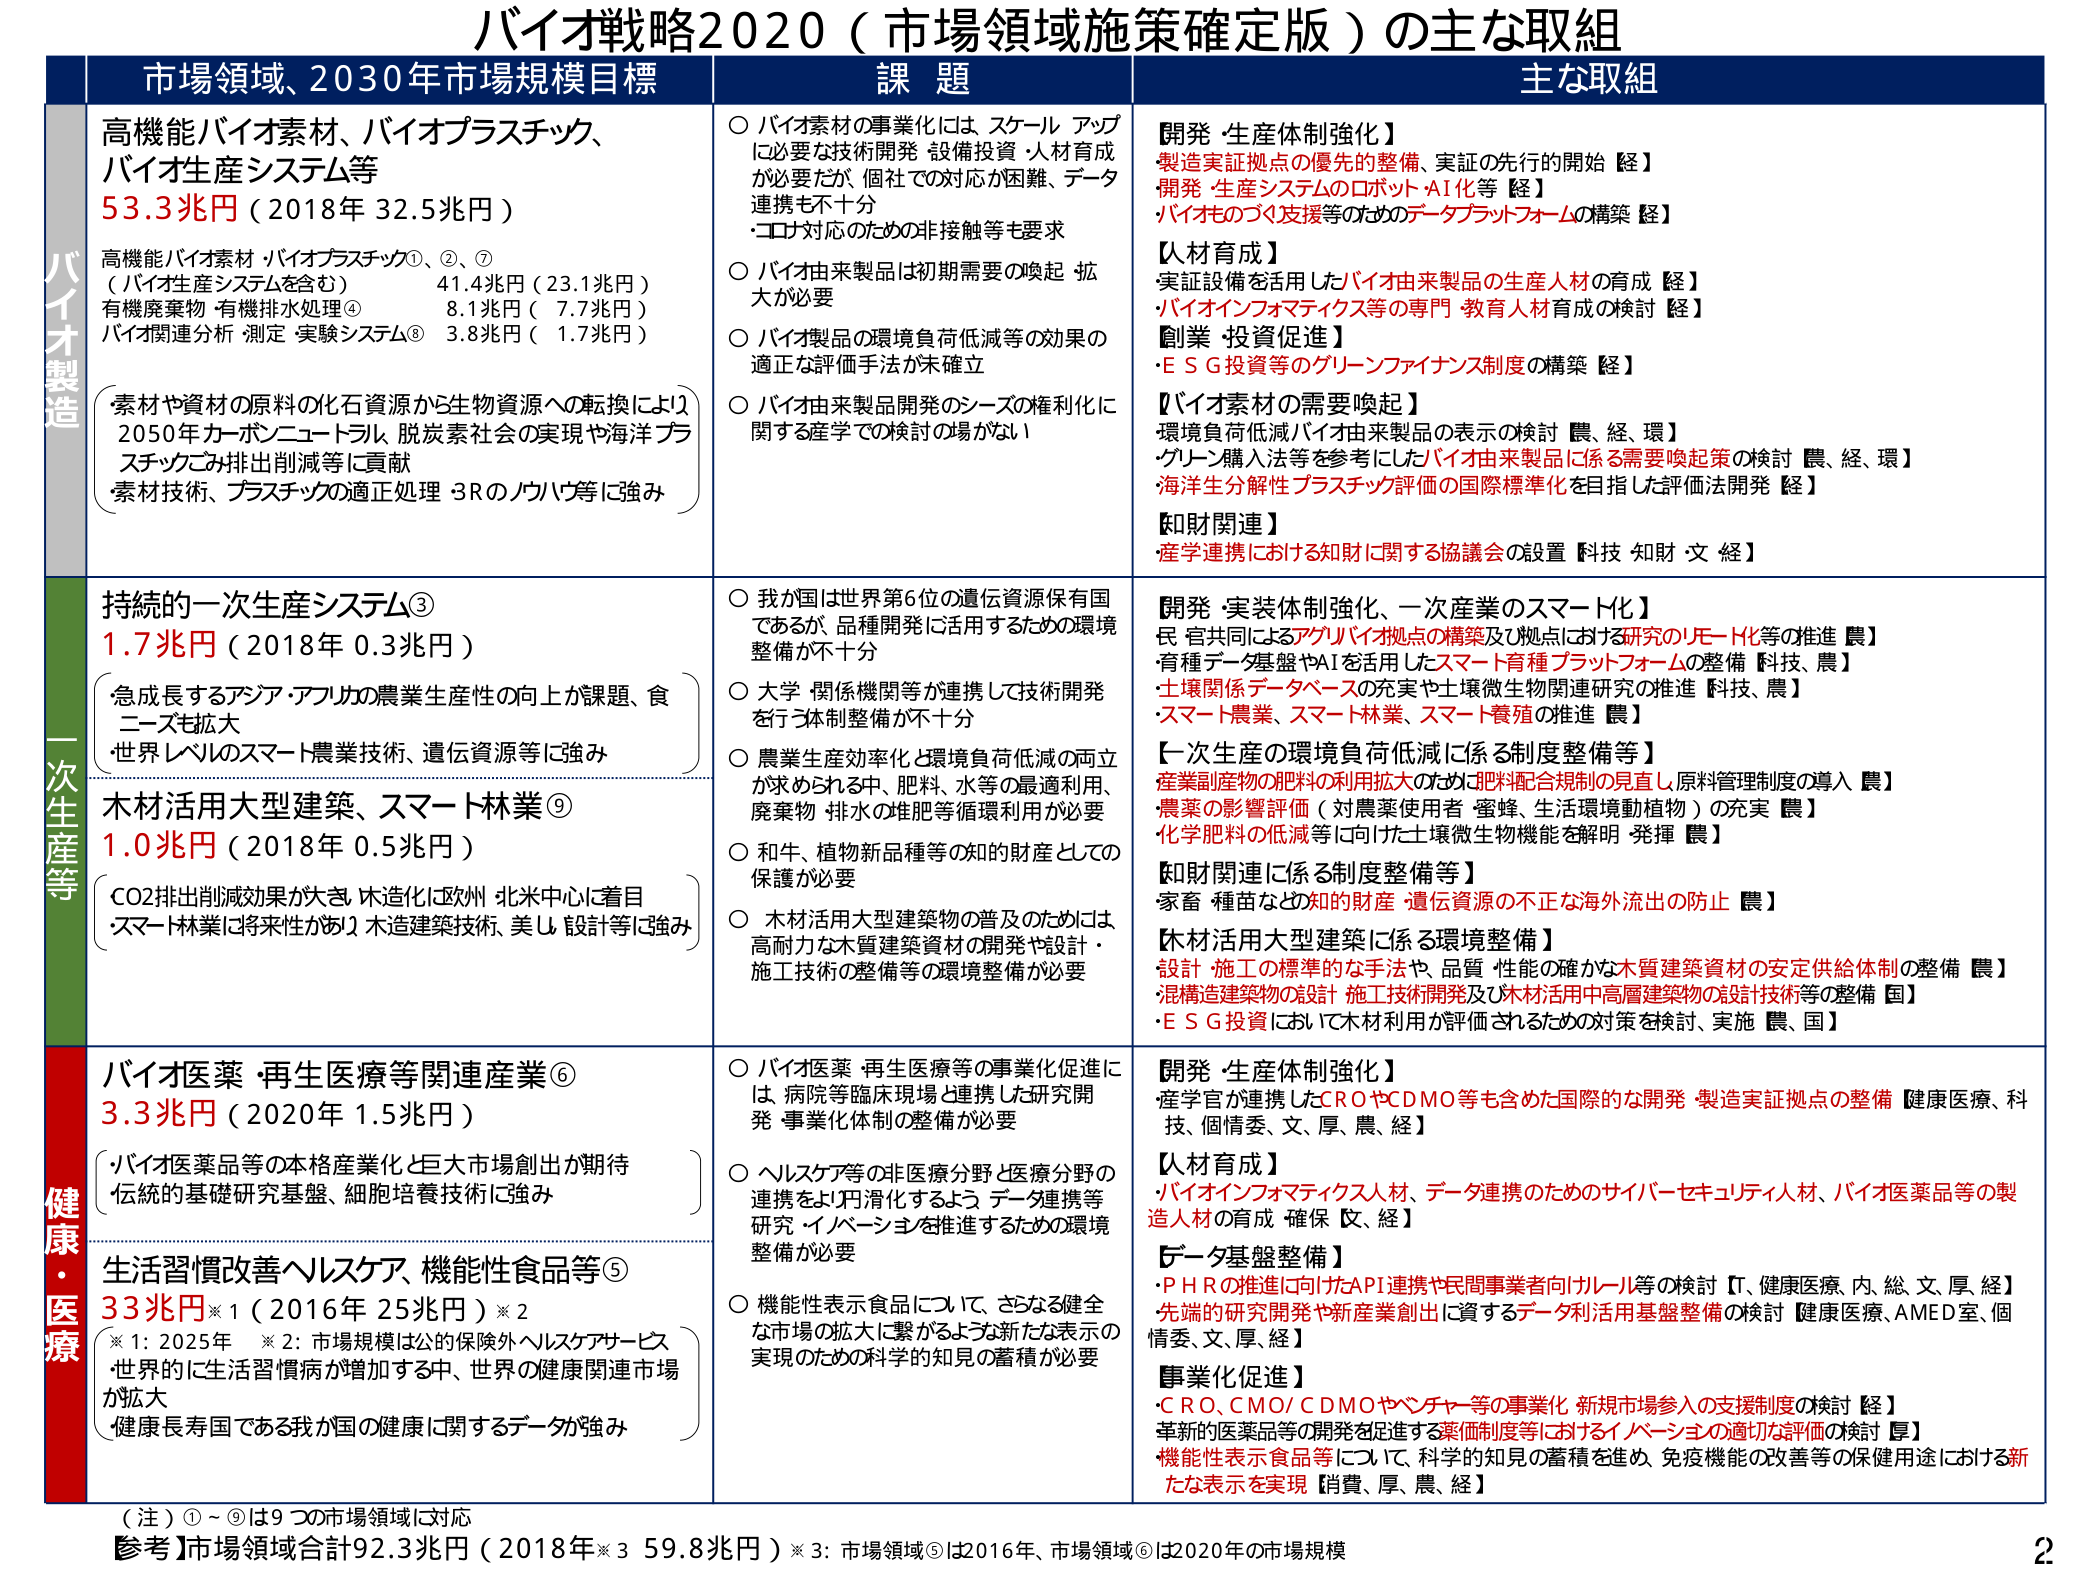
バイオ戦略2020（市場領域施策確定版）の主な取組

市場領域、2030年市場規模目標 課題 主な取組

バイオ製造
高機能バイオ素材、バイオプラスチック、
バイオ生産システム等
53.3兆円（2018年 32.5兆円）
高機能バイオ素材・バイオプラスチック①、②、⑦
（バイオ生産システムを含む） 41.4兆円（23.1兆円）
有機廃棄物・有機排水処理④ 8.1兆円（7.7兆円）
バイオ関連分析・測定・実験システム⑧ 3.8兆円（1.7兆円）
（素材や資材の原料の化石資源から生物資源への転換により）
2050年カーボンニュートラル、脱炭素社会の実現や海洋プラスチックごみ排出削減等に貢献
（素材技術、プラスチックの適正処理・3Rのノウハウ等に強み）

○ バイオ素材の事業化には、スケールアップに必要な技術開発・設備投資・人材育成が必要だが、個社での対応が困難、データ連携も不十分
・コロナ対応のための非接触等も要求
○ バイオ由来製品は初期需要の喚起・拡大が必要
○ バイオ製品の環境負荷低減等の効果の適正な評価手法が未確立
○ バイオ由来製品開発のシーズの権利化に関する産学での検討の場がない

【開発・生産体制強化】
・製造実証拠点の優先的整備、実証の先行的開始【経】
・開発・生産システムのロボット・AI化等【経】
・バイオものづくり支援等のためのデータプラットフォームの構築【経】

【人材育成】
・実証設備を活用したバイオ由来製品の生産人材の育成【経】
・バイオインフォマティクス等の専門・教育人材育成の検討【経】

【創業・投資促進】
・ESG投資等のグリーンファイナンス制度の構築【経】

【バイオ素材の需要喚起】
・環境負荷低減バイオ由来製品の表示の検討【農、経、環】
・グリーン購入法等を参考にしたバイオ由来製品に係る需要喚起策の検討【農、経、環】
・海洋生分解性プラスチック評価の国際標準化を目指した評価法開発【経】

【知財関連】
・産学連携における知財に関する協議会の設置【科技、知財、文、経】

一次生産等
持続的一次生産システム③
1.7兆円（2018年 0.3兆円）
（急成長するアジア・アフリカの農業生産性の向上が課題、食ニーズも拡大）
（世界レベルのスマート農業技術、遺伝資源等に強み）

○ 我が国は世界第6位の遺伝資源保有国であるが、品種開発に活用するための環境整備が不十分
○ 大学・関係機関等が連携して技術開発を行う体制整備が不十分
○ 農業生産効率化と環境負荷低減の両立が求められる中、肥料、水等の最適利用、廃棄物・排水の堆肥等循環利用が必要
○ 和牛、植物新品種等の知的財産としての保護が必要
○ 木材活用大型建築物の普及のためには、高耐力な木質建築資材の開発や設計・施工技術の整備等の環境整備が必要

【開発・実装体制強化、一次産業のスマート化】
・民・官共同によるアグリバイオ拠点の構築及び拠点における研究のリモート化等の推進【農】
・育種データ基盤やAIを活用したスマート育種プラットフォームの整備【科技、農】
・土壌関係データベースの充実や土壌微生物関連研究の推進【科技、農】
・スマート農業、スマート林業、スマート養殖の推進【農】

【一次生産の環境負荷低減に係る制度整備等】
・産業副産物の肥料の利用拡大のための肥料配合規制の見直し、原料管理制度の導入【農】
・農薬の影響評価（対農薬使用者・蜜蜂・生活環境動植物）の充実【農】
・化学肥料の低減等に向けた土壌微生物機能を解明・発揮【農】

【知財関連に係る制度整備等】
・家畜・種苗など知的財産・遺伝資源の不正な海外流出の防止【農】

【木材活用大型建築に係る環境整備】
・設計・施工の標準的な手法や、品質・性能の確かな木質建築資材の安定供給体制の整備【農】
・混構造建築物の設計・施工技術開発及び木材活用中高層建築物の設計技術等の整備【国】
・ESG投資において木材利用が評価されるための対策を検討、実施【農、国】

木材活用大型建築、スマート林業⑨
1.0兆円（2018年 0.5兆円）
（CO2排出削減効果が大きい、木造化は欧州・北米中心に着目）
（スマート林業は将来性があり、木造建築技術、美し設計等に強み）

健康・医療
バイオ医薬・再生医療等関連産業⑥
3.3兆円（2020年 1.5兆円）
（バイオ医薬品等の本格産業化と巨大市場創出が期待）
（伝統的基礎研究基盤、細胞培養技術に強み）

○ バイオ医薬・再生医療等の事業化促進には、病院等臨床現場と連携した研究開発・事業化体制の整備が必要
○ ヘルスケア等の非医療分野と医療分野の連携をより円滑化するよう、データ連携等研究・イノベーションを推進するための環境整備が必要
○ 機能性表示食品について、さらなる健全な市場の拡大に繋がるような新たな表示の実現のための科学的知見の蓄積が必要

【開発・生産体制強化】
・産学官が連携したCROやCDMO等も含めた国際的な開発・製造実証拠点の整備【健康医療、科技、個情委、文、厚、農、経】

【人材育成】
・バイオインフォマティクス人材、データ連携のためのサイバーセキュリティ人材、バイオ医薬品等の製造人材の育成・確保【文、経】

【データ基盤整備】
・PHRの推進に向けたAPI連携や民間事業者向けルール等の検討【T、健康医療、内、総、文、厚、経】
・先端的研究開発や新産業創出に資するデータ利活用基盤整備の検討【健康医療、AMED室、個情委、文、厚、経】

【事業化促進】
・CRO、CMO/CDMOやベンチャー等の事業化、新規市場参入の支援制度の検討【経】
・革新的医薬品等の開発を促進する薬価制度等におけるイノベーションの適切な評価の検討【厚】
・機能性表示食品等について、科学的知見の蓄積を進め、免疫機能の改善等の保健用途における新たな表示を実現【消費、厚、農、経】

生活習慣改善ヘルスケア、機能性食品等⑤
33兆円※1（2016年 25兆円）※2
（※1：2025年　※2：市場規模は公的保険外ヘルスケアサービス）
（世界的に生活習慣病が増加する中、世界の健康関連市場が拡大）
（健康長寿国である我が国の健康に関するデータが強み）

（注）①～⑨は9つの市場領域に対応
【参考】市場領域合計92.3兆円（2018年※3 59.8兆円）※3：市場領域⑤は2016年、市場領域⑥は2020年の市場規模

2